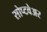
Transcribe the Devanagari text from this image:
सोप्टवेअर